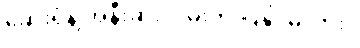
ဆေးရုံနဲ့ အနီးဆုံးလမ်းကို ပြနိုင်မလား။